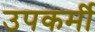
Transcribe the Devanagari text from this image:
उपकर्मी